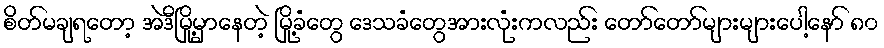
စိတ်မချရတော့ အဲဒီမြို့မှာနေတဲ့ မြို့ခံတွေ ဒေသခံတွေအားလုံးကလည်း တော်တော်များများပေါ့နော် ၈၀